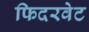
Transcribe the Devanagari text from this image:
फिदरवेट